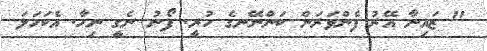
" ޒައިނާ އޭރު ފެންވަރަން ކަންނޭނގެ ހުރީ. ފޯނު ނެގީ ނިހާ. އެކަހަލަ